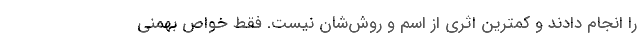
را انجام دادند و کمترین اثری از اسم و روش‌شان نیست. فقط خواص بهمنی